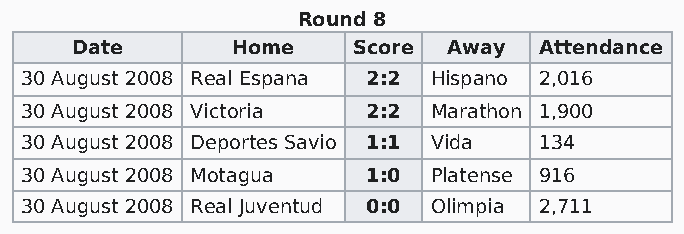
Round 8
 Date      Home    Score  Away  Attendance
 30 August 2008 Real Espana 2:2 Hispano 2,016
 30 August 2008 Victoria 2:2 Marathon 1,900
 30 August 2008 Deportes Savio 1:1 Vida 134
 30 August 2008 Motagua 1:0 Platense 916
 30 August 2008 Real Juventud 0:0 Olimpia 2,711